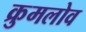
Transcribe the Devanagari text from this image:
क्रुमलोव